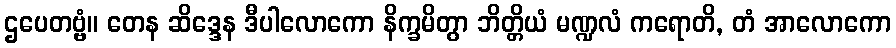
ဌပေတဗ္ဗံ။ တေန ဆိဒ္ဒေန ဒီပါလောကော နိက္ခမိတွာ ဘိတ္တိယံ မဏ္ဍလံ ကရောတိ, တံ အာလောကော